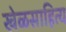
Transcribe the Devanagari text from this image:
खेळसाहित्य